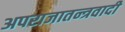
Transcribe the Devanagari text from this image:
अपराजातन्त्रवादी